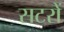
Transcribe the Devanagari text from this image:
सटरों